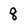
Character: 8